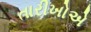
તારીખોએ